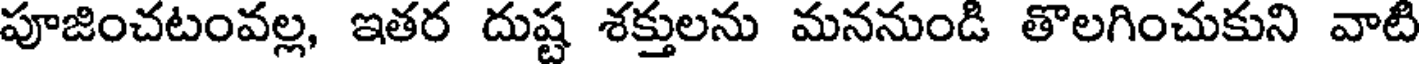
పూజించటంవల్ల, ఇతర దుష్ట శక్తులను మననుండి తొలగించుకుని వాటి